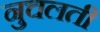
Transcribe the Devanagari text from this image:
नुचलती